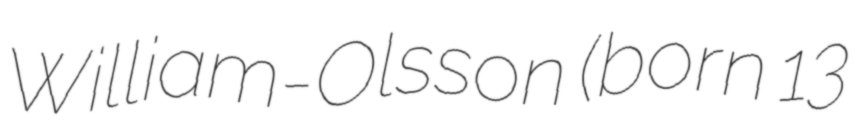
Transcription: William-Olsson (born 13